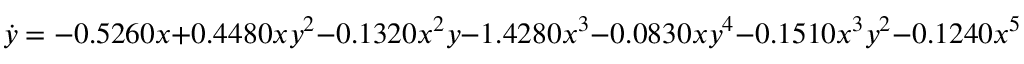
\dot { y } = - 0 . 5 2 6 0 x + 0 . 4 4 8 0 x y ^ { 2 } - 0 . 1 3 2 0 x ^ { 2 } y - 1 . 4 2 8 0 x ^ { 3 } - 0 . 0 8 3 0 x y ^ { 4 } - 0 . 1 5 1 0 x ^ { 3 } y ^ { 2 } - 0 . 1 2 4 0 x ^ { 5 }